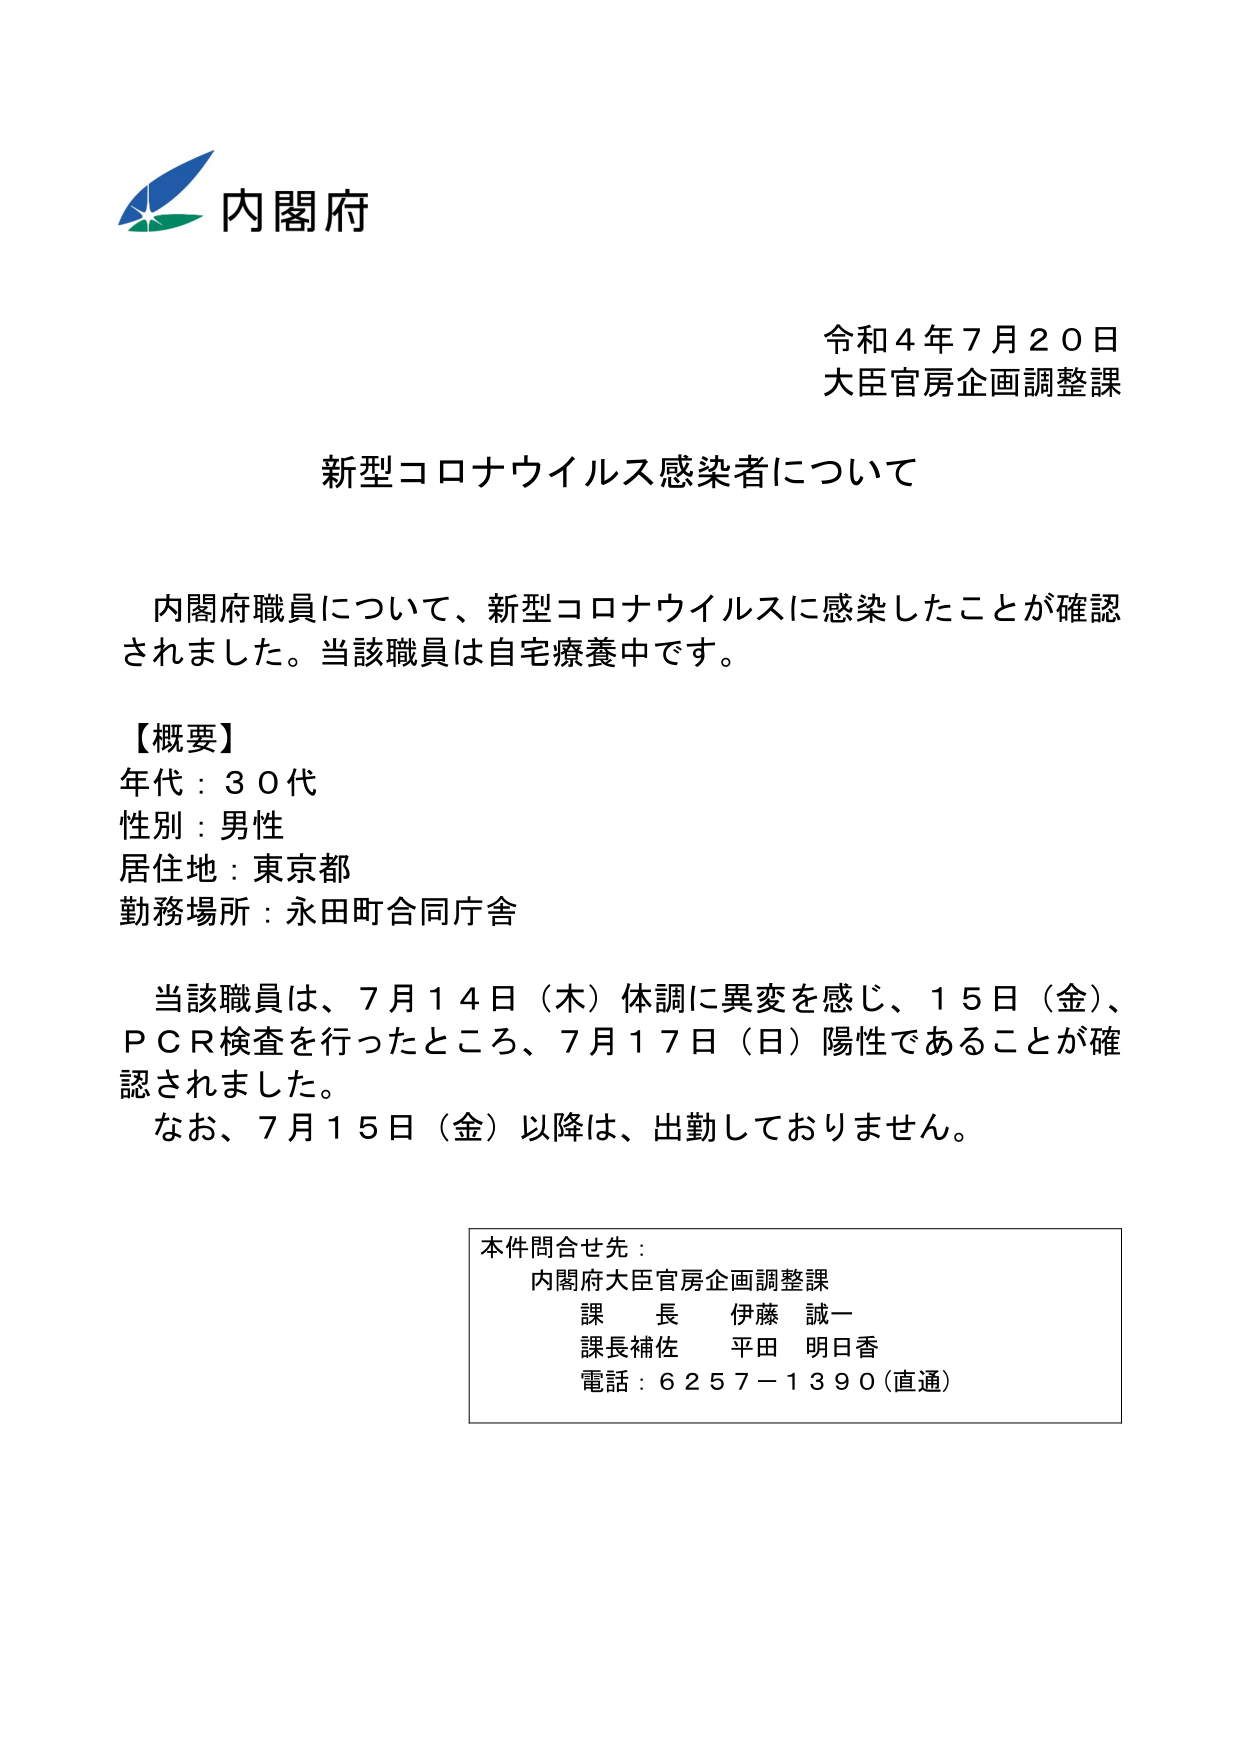
内閣府
令和４年７月２０日
大臣官房企画調整課

新型コロナウイルス感染者について

内閣府職員について、新型コロナウイルスに感染したことが確認されました。当該職員は自宅療養中です。

【概要】
年代：３０代
性別：男性
居住地：東京都
勤務場所：永田町合同庁舎

当該職員は、７月１４日（木）体調に異変を感じ、１５日（金）、ＰＣＲ検査を行ったところ、７月１７日（日）陽性であることが確認されました。
なお、７月１５日（金）以降は、出勤しておりません。

本件問合せ先：
内閣府大臣官房企画調整課
課　長　伊藤　誠一
課長補佐　平田　明日香
電話：６２５７－１３９０（直通）